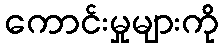
ကောင်းမှုများကို